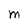
Character: M